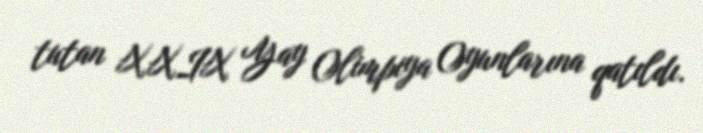
tutan XXIX Yay Olimpiya Oyunlarına qatıldı.